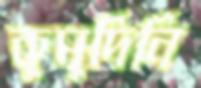
কুমুদিনি